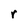
Character: r